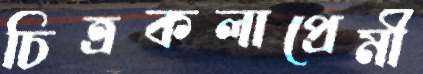
চিত্রকলাপ্রেমী